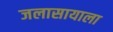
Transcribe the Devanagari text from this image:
जलासायाला